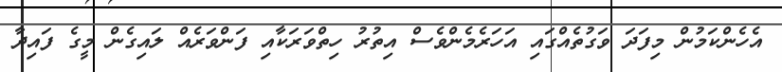
އެހެންކަމުން މިފަދަ ވަގުތެއްގައި އަހަރެމެންވެސް އިތުރު ހިތްވަރަކާއި ފަންވަރެއް ލައިގެން މީގެ ފައިދާ